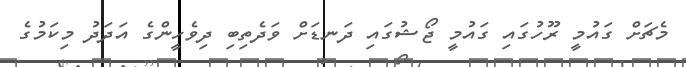
މެޗަށް ގައުމީ ރޫހުގައި ގައުމީ ޖޯޝުގައި ދަނޑަށް ވަދެތިބި ދިވެހީންގެ އަދަދު މިކަމުގެ